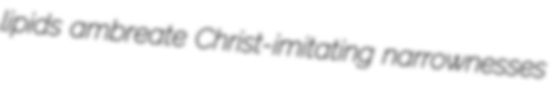
lipids ambreate Christ-imitating narrownesses